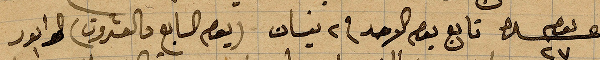
يوم عشرة تابع بوم الاحد في ٢ نيسان (يوم السابع والعشرون) ...